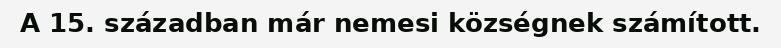
A 15. században már nemesi községnek számított.